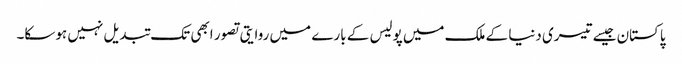
پاکستان جیسے تیسری دنیا کے ملک میں پولیس کے بارے میں روایتی تصور ابھی تک تبدیل نہیں ہوسکا۔